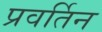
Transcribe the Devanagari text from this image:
प्रवर्तिन